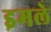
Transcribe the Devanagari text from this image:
इमले